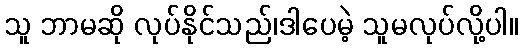
သူ ဘာမဆို လုပ်နိုင်သည်၊ဒါပေမဲ့ သူမလုပ်လို့ပါ။